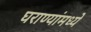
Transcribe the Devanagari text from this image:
घराण्यांमध्ये